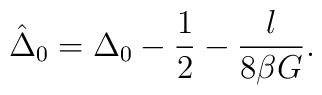
\hat{\Delta}_0 = \Delta_0 - \frac{1}{2} - \frac{l}{8 \beta G}.